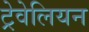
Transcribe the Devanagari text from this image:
ट्रेवेलियन